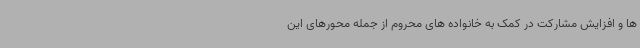
ها و افزایش مشارکت در کمک به خانواده های محروم از جمله محورهای این